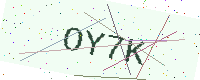
Text: OY7K